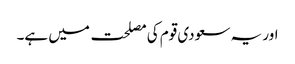
اور یہ سعودی قوم کی مصلحت میں ہے۔